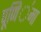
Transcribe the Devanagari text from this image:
पूणि॔मा